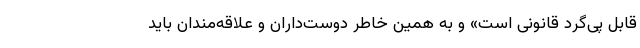
قابل پی‌گرد قانونی است» و به همین خاطر دوست‌داران و علاقه‌مندان باید